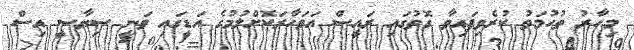
މިހާރު ތުހުމަތު ކުރެވިފައިވާ ގޮތުގައި ރައީސް އަވަހާރަކޮށްލުމުގެ އަޑީގައި ވަނީ ސިޔާސީ އިސް